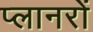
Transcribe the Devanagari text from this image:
प्लानरों